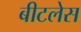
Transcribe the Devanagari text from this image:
बीटलेस